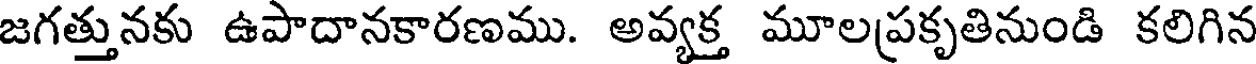
జగత్తునకు ఉపాదానకారణము. అవ్యక్త మూలప్రకృతినుండి కలిగిన